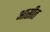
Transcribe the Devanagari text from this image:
आसीत